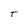
Character: T